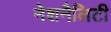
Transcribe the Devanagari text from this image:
नेशनैलिटी